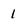
Character: l